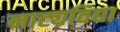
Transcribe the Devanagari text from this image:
नाट्यविद्या